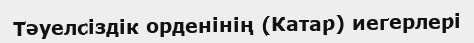
Тәуелсіздік орденінің (Катар) иегерлері